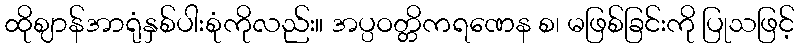
ထိုဈာန်အာရုံနှစ်ပါးစုံကိုလည်း။ အပ္ပဝတ္တိကရဏေန စ၊ မဖြစ်ခြင်းကို ပြုသဖြင့်